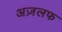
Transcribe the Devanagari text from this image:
अज़लफ